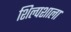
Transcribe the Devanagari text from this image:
शिल्पशाला